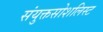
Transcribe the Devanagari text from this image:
संयुक्तसोशलिस्ट